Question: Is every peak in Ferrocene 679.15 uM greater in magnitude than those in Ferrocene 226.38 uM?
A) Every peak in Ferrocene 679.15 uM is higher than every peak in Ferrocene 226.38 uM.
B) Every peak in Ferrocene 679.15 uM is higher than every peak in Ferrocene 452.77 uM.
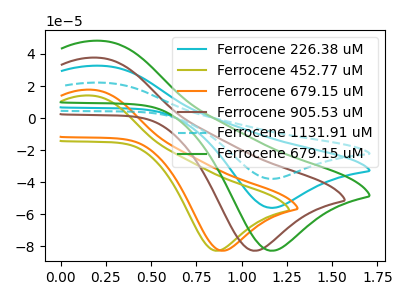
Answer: <think>The cyan curve "Ferrocene 226.38 uM" has an anodic peak at (0.25V, 32.60uA) and a cathodic peak at (1.15V, -56.10uA). The olive curve "Ferrocene 452.77 uM" has an anodic peak at (0.15V, 14.00uA) and a cathodic peak at (0.85V, -82.90uA). The orange curve "Ferrocene 679.15 uM" has an anodic peak at (0.20V, 17.65uA) and a cathodic peak at (0.90V, -82.90uA). The brown curve "Ferrocene 905.53 uM" has an anodic peak at (0.20V, 37.65uA) and a cathodic peak at (1.05V, -82.90uA). The cyan dashed curve "Ferrocene 1131.91 uM" has an anodic peak at (0.25V, 65.20uA) and a cathodic peak at (1.15V, -112.20uA). The green curve "Ferrocene 679.15 uM" has an anodic peak at (0.25V, 48.15uA) and a cathodic peak at (1.15V, -82.90uA).</think>
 <answer>A) Every peak in "Ferrocene 679.15 uM" is higher than every peak in "Ferrocene 226.38 uM".</answer>
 <eval>A</eval>